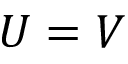
U = V